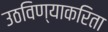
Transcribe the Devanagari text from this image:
उठविण्याकरिता